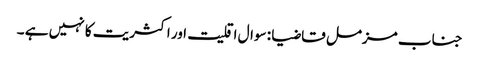
جناب مزمل قاضیا : سوال اقلیت اور اکثریت کا نہیں ہے ۔